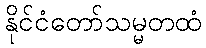
နိုင်ငံတော်သမ္မတထံ